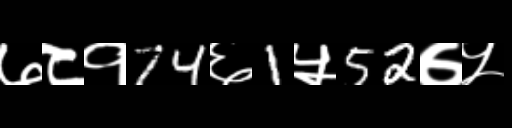
Text: ७८१74६1५52७५